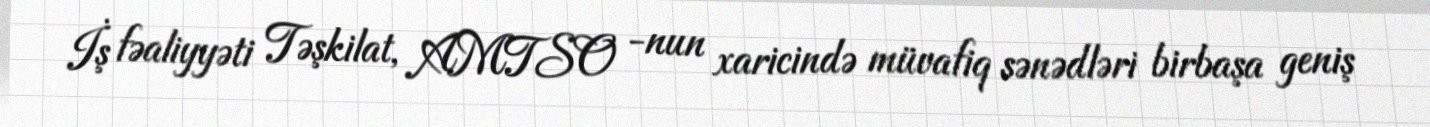
İş fəaliyyəti Təşkilat, AMTSO -nun xaricində müvafiq sənədləri birbaşa geniş